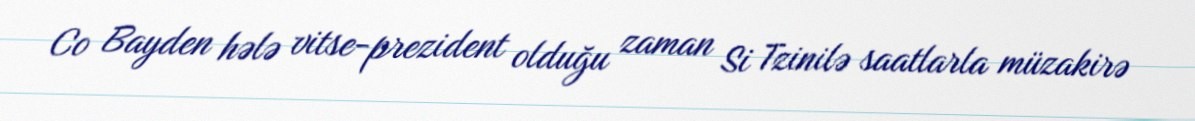
Co Bayden hələ vitse-prezident olduğu zaman Si Tzinilə saatlarla müzakirə